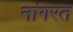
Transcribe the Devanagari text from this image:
नांगरत